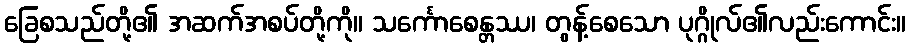
ခြေစသည်တို့၏ အဆက်အစပ်တို့ကို။ သင်္ကောစေန္တဿ၊ တွန့်စေသော ပုဂ္ဂိုလ်၏လည်းကောင်း။